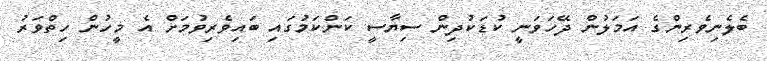
ބެލެނިވެރިންގެ އަމަލުން ދޭހަވަނީ ކުޑަކުދިން ސިޔާސީ ކަންކަމުގައި ބައިވެރިވުމަށް އެ މީހުން ހިތްވަރު